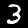
Digit: 3